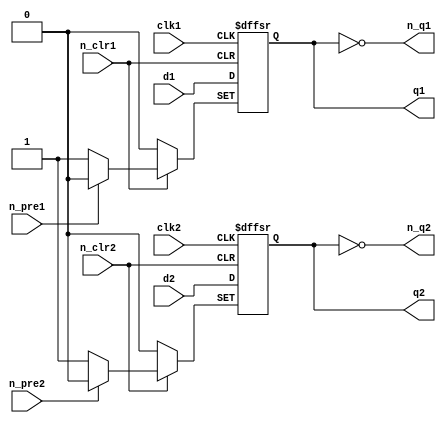
//74LS74 Chip pinout:
/*        _____________
        _|             |_
n_clr1 |_|1          14|_| VCC
        _|             |_                     
d1     |_|2          13|_| n_clr2
        _|             |_
clk1   |_|3          12|_| d2
        _|             |_
n_pre1 |_|4          11|_| clk2
        _|             |_
q1     |_|5          10|_| n_pre2
        _|             |_
n_q1   |_|6           9|_| q2
        _|             |_
GND    |_|7           8|_| n_q2
         |_____________|
*/

module ls74
(
	input  n_pre1, n_pre2,
	input  n_clr1, n_clr2,
	input  clk1, clk2,
	input  d1, d2,
	output reg q1, q2,
    output n_q1, n_q2
);

always @(posedge clk1 or negedge n_pre1 or negedge n_clr1) begin
	if(!n_pre1)
		q1 <= 1;
	else if(!n_clr1)
		q1 <= 0;
	else
		q1 <= d1;
end
assign n_q1 = ~q1;
	
always @(posedge clk2 or negedge n_pre2 or negedge n_clr2) begin
	if(!n_pre2)
		q2 <= 1;
	else if(!n_clr2)
		q2 <= 0;
	else
		q2 <= d2;
end
assign n_q2 = ~q2;

endmodule

//74LS107 Chip pinout:
/*     _____________
     _|             |_
1J  |_|1          14|_| VCC
     _|             |_                     
1nQ |_|2          13|_| 1nCLR
     _|             |_
1Q  |_|3          12|_| 1CK
     _|             |_
1K  |_|4          11|_| 2K
     _|             |_
2Q  |_|5          10|_| 2nCLR
     _|             |_
2nQ |_|6           9|_| 2CK
     _|             |_
GND |_|7           8|_| 2J
      |_____________|
*/

module ls107(
   input clear, 
   input clk, 
   input j, 
   input k, 
   output reg q, 
   output qnot
);

assign qnot=~q;
  always @(negedge clk or negedge clear) begin
	if (!clear) q<=1'b0; else
		case ({j, k})
		2'b00: q<=q;
		2'b01: q<=1'b0;
		2'b10: q<=1'b1;
		2'b11: q<=~q;
		endcase
  end
endmodule

//74LS161 Chip pinout:
/*        _____________
        _|             |_
n_clr  |_|1          16|_| VCC
        _|             |_                     
clk    |_|2          15|_| rco
        _|             |_
din(0) |_|3          14|_| q(0)
        _|             |_
din(1) |_|4          13|_| q(1)
        _|             |_
din(2) |_|5          12|_| q(2)
        _|             |_
din(3) |_|6          11|_| q(3)
        _|             |_
enp    |_|7          10|_| ent
        _|             |_
GND    |_|8           9|_| n_load
         |_____________|
*/

module ls161 //asynchronous reset/clear
(
	input        n_clr,
	input        clk,
	input  [3:0] din,
	input        enp, ent,
	input        n_load,
	output [3:0] q,
	output       rco
);

  reg [3:0] data = 4'b0;

always @(posedge clk or negedge n_clr) begin
	if(!n_clr)
		data <= 4'd0;
	else
		if(!n_load)
			data <= din;
		else if(enp && ent)
			data <= data + 4'd1;
end

assign q = data;
assign rco = data[0] & data[1] & data[2] & data[3] & ent;

endmodule

//74LS273 Chip pinout:
/*      _____________
      _|             |_
res  |_|1          20|_| VCC
      _|             |_                     
q(0) |_|2          19|_| q(7)
      _|             |_
d(0) |_|3          18|_| d(7)
      _|             |_
d(1) |_|4          17|_| d(6)
      _|             |_
q(1) |_|5          16|_| q(6)
      _|             |_
q(2) |_|6          15|_| q(5)
      _|             |_
d(2) |_|7          14|_| d(5)
      _|             |_
d(3) |_|8          13|_| d(4)
      _|             |_
q(3) |_|9          12|_| q(4)
      _|             |_
GND  |_|10         11|_| clk
       |_____________|
*/

module ls273
(
	input  [7:0] d,
	input        clk,
	input        res,
	output reg [7:0] q
);

always @(posedge clk or negedge res) begin
	if(!res)
		q <= 8'h00;
	else
		q <= d;
end

endmodule

//74LS166 Chip pinout:
/*            _____________
            _|             |_
serial input |_|1          16|_| VCC
            _|             |_                     
parra in A   |_|2          15|_| shift/load
            _|             |_
parra in B   |_|3          14|_| parra in H
            _|             |_
parra in C   |_|4          13|_| serial output
            _|             |_
parra in D   |_|5          12|_| parra in G
            _|             |_
CLK inhibit  |_|6          11|_| parra in F
            _|             |_
CLK        |_|7          10|_|   parra in E
            _|             |_
GND        |_|8           9|_| clear
             |_____________|
*/

module ls166
(
    input clk,
    input load,
  	input [7:0] in,
    output out	
);
  
reg [7:0]tmp;

always @(posedge clk)
begin
	if (!load)
		tmp <= in;
	else
		tmp <= {tmp[6:0], 1'b0};
end
assign out = tmp[7];

endmodule

//74LS174 Chip pinout:
/*      _____________
      _|             |_
mr   |_|1          16|_| VCC
      _|             |_                     
q(0) |_|2          15|_| q(5)
      _|             |_
d(0) |_|3          14|_| d(5)
      _|             |_
d(1) |_|4          13|_| d(4)
      _|             |_
q(1) |_|5          12|_| q(4)
      _|             |_
d(2) |_|6          11|_| d(3)
      _|             |_
q(2) |_|7          10|_| q(3)
      _|             |_
GND  |_|8           9|_| clk
       |_____________|
*/

module ls174 
(
	input  [5:0] d,
	input        clk,
	input        mr,
	output reg [5:0] q
);

always @(posedge clk or negedge mr) begin
	if(!mr)
		q <= 6'b000000;
	else
		q <= d;
end

endmodule

//74LS139 Chip pinout:
/*      _____________
      _|             |_
1n_G |_|1          16|_| VCC
      _|             |_                     
1A   |_|2          15|_| 2n_G
      _|             |_
1B   |_|3          14|_| 2A
      _|             |_
1Y0  |_|4          13|_| 2B
      _|             |_
1Y1  |_|5          12|_| 2Y0
      _|             |_
1Y2  |_|6          11|_| 2Y1
      _|             |_
1Y3  |_|7          10|_| 2Y2
      _|             |_
GND  |_|8           9|_| 2Y3
       |_____________|
*/

module ls139
(
	input  		 a,
    input  		 b,
  	input  		 n_g,
  	output [3:0] y
);

  assign y = (!n_g && !a && !b) ? 4'b1110:
    (!n_g && a && !b)  ? 4'b1101:
    (!n_g && !a && b)  ? 4'b1011:
    (!n_g && a && b)   ? 4'b0111:
	4'b1111;
		
endmodule

//Chip pinout:
/*       _____________
       _|             |_
s     |_|1          16|_| VCC
       _|             |_                     
i0(0) |_|2          15|_| n_e
       _|             |_
i1(0) |_|3          14|_| i0(2)
       _|             |_
z(0)  |_|4          13|_| i1(2)
       _|             |_
i0(1) |_|5          12|_| z(2)
       _|             |_
i1(1) |_|6          11|_| i0(3)
       _|             |_
z(1)  |_|7          10|_| i1(3)
       _|             |_
GND   |_|8           9|_| z(3)
        |_____________|
*/

module ls157 
(
	input  [3:0] i0,
	input  [3:0] i1,
	input        n_e,
	input        s,
	output [3:0] z
);

assign z = (!n_e && !s) ? i0:
	(!n_e && s)     ? i1:
	4'b0000;	
	
endmodule

module ls42
(
    input  [3:0] in,
  output reg [9:0] out
);
  // in = [DCBA]
  // out = [9876543210]
  
  always @ (*)
    case (in)
    	4'b0000: out = 10'b1111111110;
        4'b0001: out = 10'b1111111101;
        4'b0010: out = 10'b1111111011;
        4'b0011: out = 10'b1111110111;
        4'b0100: out = 10'b1111101111;
		4'b0101: out = 10'b1111011111;
        4'b0110: out = 10'b1110111111;
        4'b0111: out = 10'b1101111111;
        4'b1000: out = 10'b1011111111;
        4'b1001: out = 10'b0111111111;
        4'b1010: out = 10'b1111111111;
        4'b1011: out = 10'b1111111111;
        4'b1100: out = 10'b1111111111;
        4'b1101: out = 10'b1111111111;
        4'b1110: out = 10'b1111111111;
        4'b1111: out = 10'b1111111111;      
        default: out = 10'b1111111111;
    endcase
		
endmodule

//New Modules
//Chip pinout:
/*        _____________
        _|             |_
n_clr  |_|1          16|_| VCC
        _|             |_                     
clk    |_|2          15|_| rco
        _|             |_
din(0) |_|3          14|_| q(0)
        _|             |_
din(1) |_|4          13|_| q(1)
        _|             |_
din(2) |_|5          12|_| q(2)
        _|             |_
din(3) |_|6          11|_| q(3)
        _|             |_
enp    |_|7          10|_| ent
        _|             |_
GND    |_|8           9|_| n_load
         |_____________|
*/

module ls163 //synchronous reset/clear
(
	input        n_clr,
	input        clk,
	input  [3:0] din,
	input        enp, ent,
	input        n_load,
	output [3:0] q,
	output       rco
);

  reg [3:0] data = 4'b0;

always @(posedge clk) begin
	if(!n_clr)
		data <= 4'd0;
	else
		if(!n_load)
			data <= din;
		else if(enp && ent)
			data <= data + 4'd1;
end

assign q = data;
assign rco = data[0] & data[1] & data[2] & data[3] & ent;

endmodule

//Chip pinout:
/*     _____________
     _|             |_
a1  |_|1          14|_| VCC
     _|             |_                     
b1  |_|2          13|_| c1
     _|             |_
a2  |_|3          12|_| y1
     _|             |_
b2  |_|4          11|_| a3
     _|             |_
c2  |_|5          10|_| b3
     _|             |_
y2  |_|6           9|_| c3
     _|             |_
GND |_|7           8|_| y3
      |_____________|
*/

module ls10
(
	input  a1, a2, a3,
	input  b1, b2, b3,
    input  c1, c2, c3,
	output y1, y2, y3
);

  assign y1 = ~(a1 & b1 & c1);
  assign y2 = ~(a2 & b2 & c2);
  assign y3 = ~(a3 & b3 & c3);
	
endmodule

//Chip pinout:
/*     _____________
     _|             |_
a1  |_|1          14|_| VCC
     _|             |_                     
b1  |_|2          13|_| a4
     _|             |_
y1  |_|3          12|_| b4
     _|             |_
a2  |_|4          11|_| y4
     _|             |_
b2  |_|5          10|_| a3
     _|             |_
y2  |_|6           9|_| b3
     _|             |_
GND |_|7           8|_| y3
      |_____________|
*/

module ls08
(
	input  a1, a2, a3, a4,
	input  b1, b2, b3, b4,
	output y1, y2, y3, y4
);

assign y1 = a1 & b1;
assign y2 = a2 & b2;
assign y3 = a3 & b3;
assign y4 = a4 & b4;
	
endmodule

//Chip pinout:
/*        _____________
        _|             |_
sum(1) |_|1          16|_| VCC
        _|             |_                     
b(1)   |_|2          15|_| b(2)
        _|             |_
a(1)   |_|3          14|_| a(2)
        _|             |_
sum(0) |_|4          13|_| sum(2)
        _|             |_
a(0)   |_|5          12|_| a(3)
        _|             |_
b(0)   |_|6          11|_| b(3)
        _|             |_
c_in   |_|7          10|_| sum(3)
        _|             |_
GND    |_|8           9|_| c_out
         |_____________|
*/

module ls283
(
	input  [3:0] a,
	input  [3:0] b,
	input        c_in,
	output [3:0] sum,
	output       c_out
);

wire [4:0] sum_int;

assign sum_int = {1'b0, a} + {1'b0, b} + {4'b0000, c_in};
assign sum = sum_int[3:0];
assign c_out = sum_int[4];

endmodule

//Chip pinout:
/*       _____________  
       _|             |_
 D(3) |_|1          16|_| VCC
       _|             |_
 D(2) |_|2          15|_| D(4)
       _|             |_
 D(1) |_|3          14|_| D(5)
       _|             |_
 D(0) |_|4          13|_| D(6)
       _|             |_
   Y  |_|5          12|_| D(7)
       _|             |_
   W  |_|6          11|_| A
       _|             |_
   S  |_|7          10|_| B
       _|             |_
  GND |_|8           9|_| C
        |_____________|
*/

module ls251
(
  	input  [2:0] CBA,
  	input		 s,
  	input  [7:0] D,
	output reg 	 Y,W
);

  always @ (CBA,s)
        begin
          if (!s) begin
          	case (CBA)
            	3'b000: Y=D[0];
            	3'b001: Y=D[1];    
            	3'b010: Y=D[2];    
            	3'b011: Y=D[3];    
            	3'b100: Y=D[4];
            	3'b101: Y=D[5];
            	3'b110: Y=D[6];
            	3'b111: Y=D[7];            
          		default: Y=1'bZ;
        	endcase
            W <=!Y;
          end
  		  else begin
        		Y <= 1'bZ;
            	W <= 1'bZ;
    	  end
	end
endmodule

module ls259
(
  	input  [2:0] A,
  	input		 nE,
    input		 nC,
  	input  		 D,
  	output reg [7:0] Q
);

  always @ (nE,nC,D)
        begin
          if (!nC && nE) begin
            Q[7:0] <= 8'b00000000;
          end
          else if (!nC && !nE && !D) begin
            Q[7:0] <= 8'b00000000;
          end
          else if (!nC && !nE && D) begin
            case (A)
              3'b000: Q[7:0]=8'b00000001;
              3'b001: Q[7:0]=8'b00000010;   
              3'b010: Q[7:0]=8'b00000100;
              3'b011: Q[7:0]=8'b00001000;    
              3'b100: Q[7:0]=8'b00010000;
              3'b101: Q[7:0]=8'b00100000;
              3'b110: Q[7:0]=8'b01000000;
              3'b111: Q[7:0]=8'b10000000;           
              default: Q[7:0]=8'bZZZZZZZZ;
        	endcase
          end
          else if (nC && nE) begin
          //no change
          end
          else if (nC && !nE) begin
            case (A)
              3'b000: Q[0]=D;
              3'b001: Q[1]=D;    
              3'b010: Q[2]=D;    
              3'b011: Q[3]=D;    
              3'b100: Q[4]=D;
              3'b101: Q[5]=D;
              3'b110: Q[6]=D;
              3'b111: Q[7]=D;            
              default: Q[7:0]=8'bZZZZZZZZ;
        	endcase          
          end
		end
endmodule